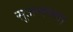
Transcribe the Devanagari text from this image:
सुजलेल्या